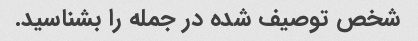
شخص توصیف شده در جمله را بشناسید.